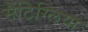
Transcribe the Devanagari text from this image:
सैंटिग्लिया